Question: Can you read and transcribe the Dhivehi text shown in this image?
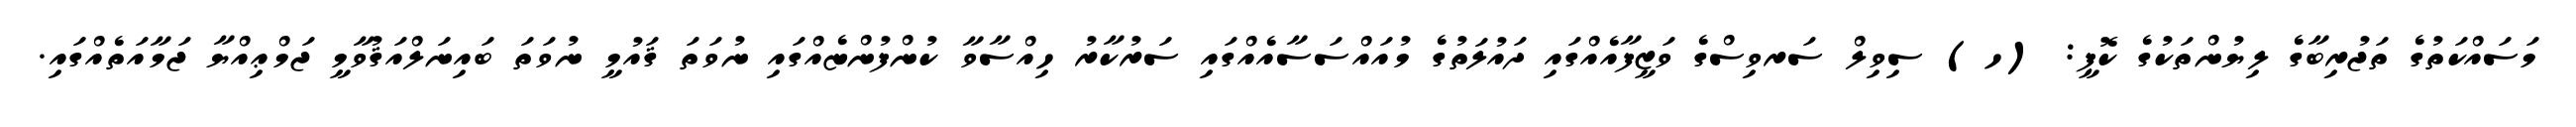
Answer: މަސައްކަތުގެ ތަޖުރިބާގެ ލިޔުންތަކުގެ ކޮޕީ: (ހ) ސިވިލް ސަރވިސްގެ ވަޒީފާއެއްގައި ދައުލަތުގެ މުއައްސަސާއެއްގައި ސަރުކާރު ހިއްސާވާ ކުންފުންޏެއްގައި ނުވަތަ ޤައުމީ ނުވަތަ ބައިނަލްއަޤުވާމީ ޖަމްޢިއްޔާ ޖަމާއަތެއްގައި.